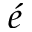
\acute { e }